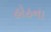
હોઠના